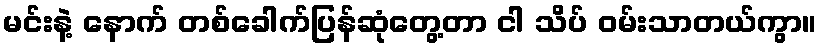
မင်းနဲ့ နောက် တစ်ခေါက်ပြန်ဆုံတွေ့တာ ငါ သိပ် ဝမ်းသာတယ်ကွာ။